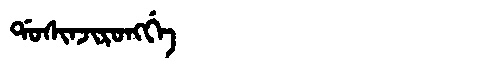
Manchu: ᡩᠣᠰᡳᠨᠵᡳᡵᠣᠩᡤᡝ
Romanization: DOSINJIRONGGE